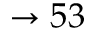
\rightarrow 5 3